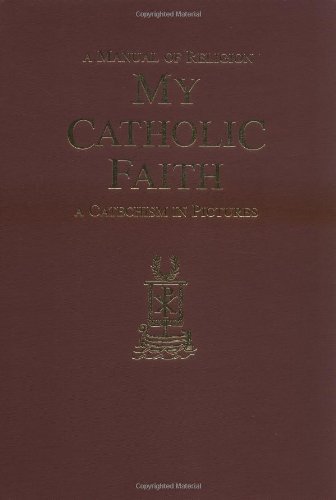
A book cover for My Catholic Faith; Louis LaRavoire; Christian Books & Bibles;